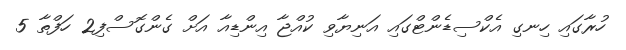
ހުރާގައި ހިނގި އެކްސިޑެންޓްގައި އަނިޔާވި ކުއްޖާ އިންޑިއާ އަށް ގެންގޮސްފި2 ހަފްތާ 5